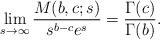
LaTeX: \begin{align*} \lim_{s\to \infty} \frac{M(b,c;s)}{s^{b-c}e^s} = \frac{\Gamma(c)}{\Gamma(b)}. \end{align*}